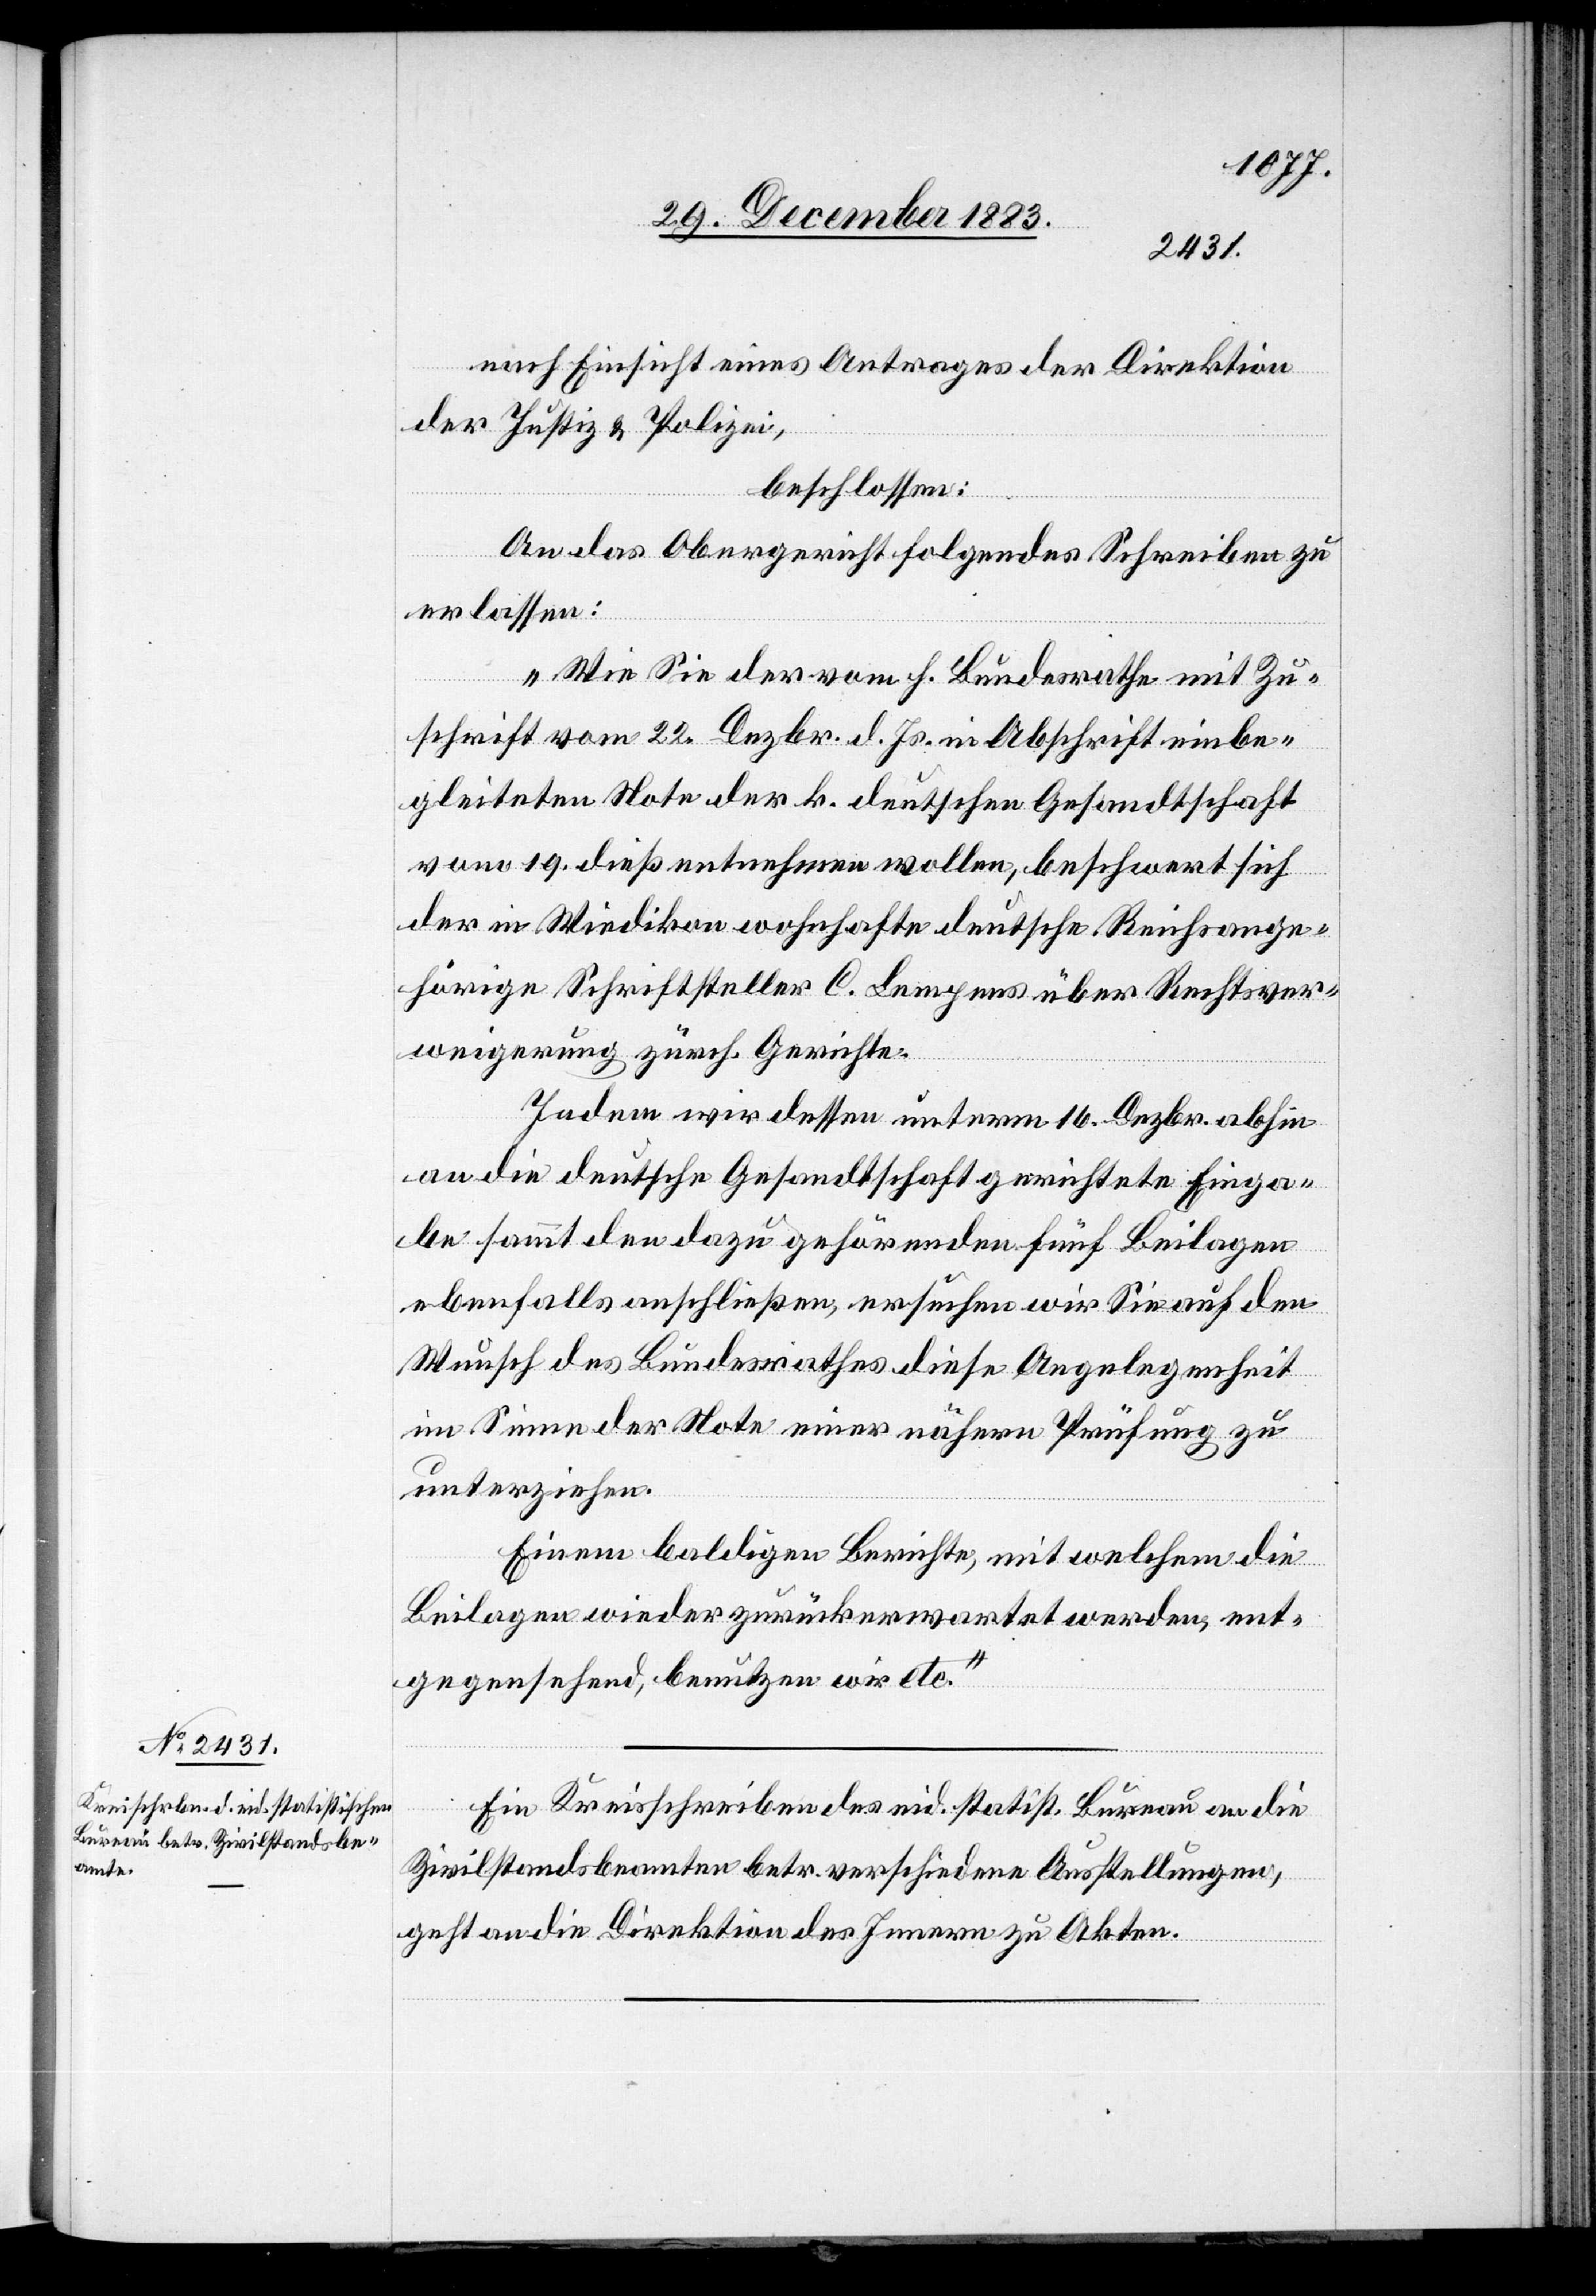
31. December 1883.]
nach Einsicht eines Antrages der Direktion
der Justiz & Polizei,
beschlossen:
An das Obergericht folgendes Schreiben zu
erlassen:
„Wie Sie der vom h. Bundesrathe mit Zu¬
schrift vom 22. Dezbr. d. Js. in Abschrift einbe¬
gleiteten Note der k. deutschen Gesandtschaft
vom 19. dieß entnehmen wollen, beschwert sich
der in Wiedikon wohnhafte deutsche Reichsange¬
hörige Schriftsteller C. Lempens [sic!] über Rechtsver¬
weigerung zürch. Gerichte.
Indem wir dessen unterm 16. Dezbr. abhin
an die deutsche Gesandtschaft gerichtete Einga¬
be sammt den dazu gehörenden fünf Beilagen
ebenfalls anschließen, ersuchen wir Sie auf den
Wunsch des Bundesrathes diese Angelegenheit
im Sinne der Note einer nähern Prüfung zu
unterziehen.
Einem baldigen Berichte, mit welchem die
Beilagen wieder zurückerwartet werden, ent¬
gegensehend, benutzen wir etc.“
Ein Kreisschreiben des eid. statist. Bureau an die
Zivilstandsbeamten betr. verschiedene Ausstellungen,
geht an die Direktion des Innern zu Akten.